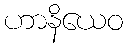
ဟာနိယေဝ